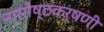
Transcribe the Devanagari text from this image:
नासोष्ठकर्षणी